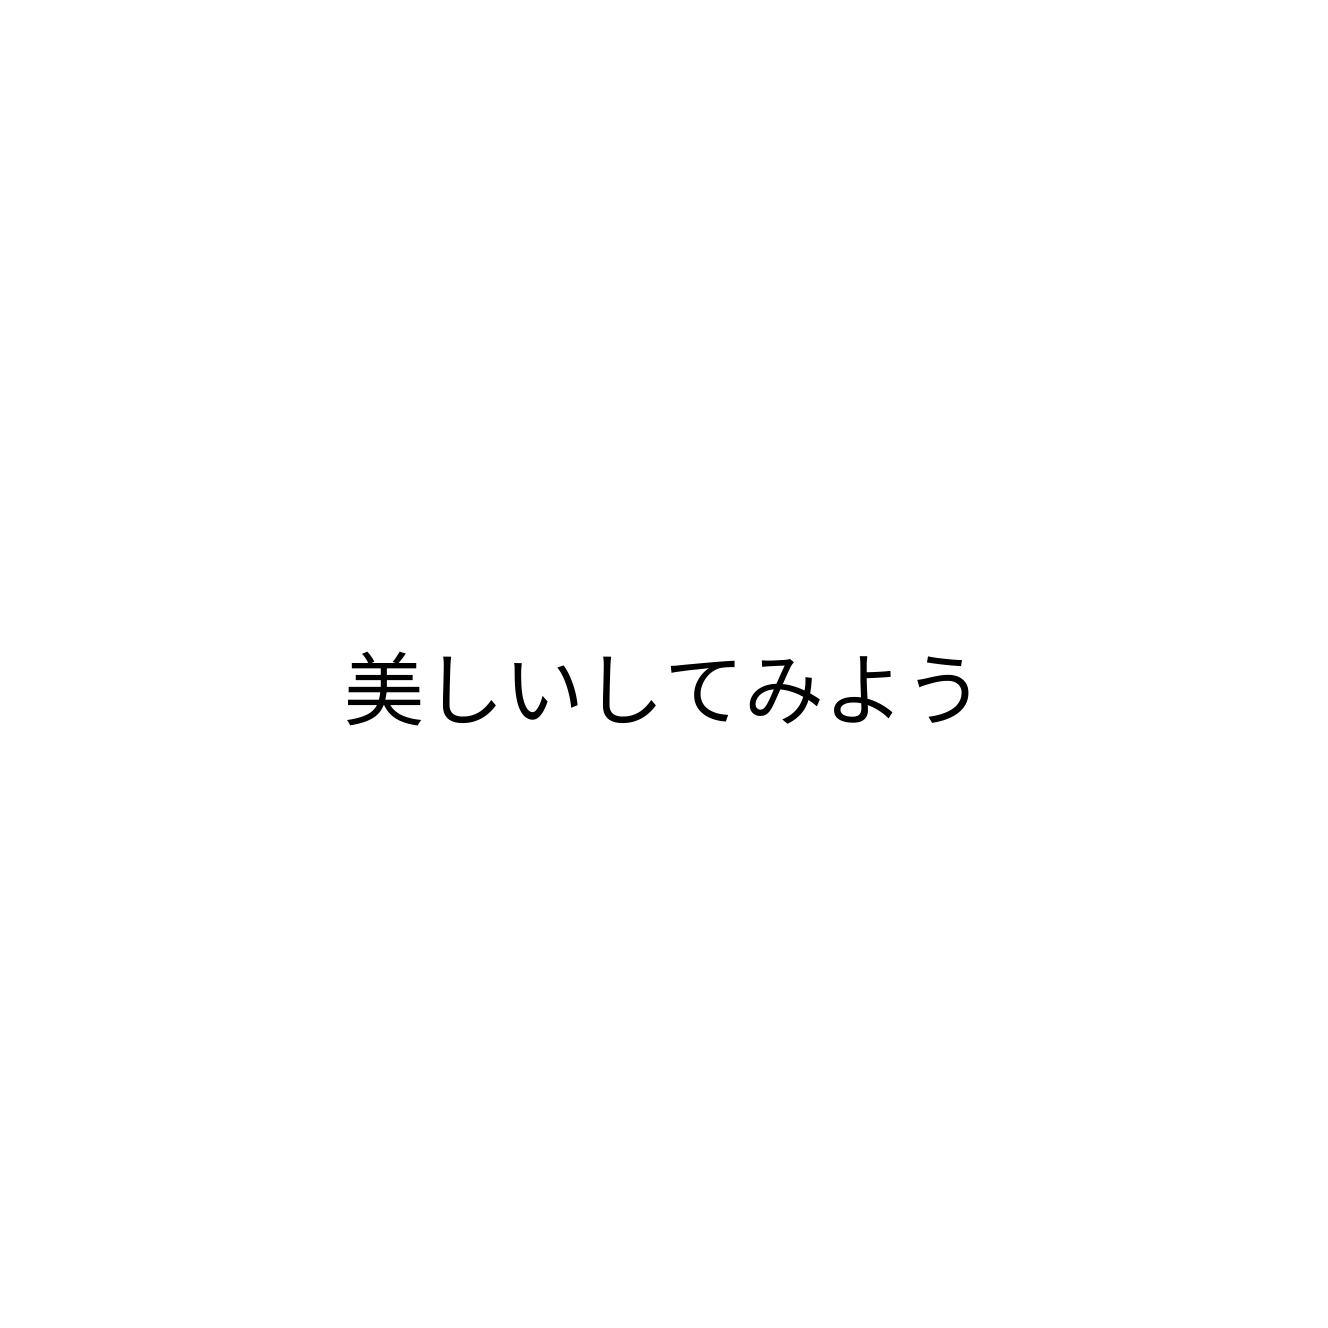
美しいしてみよう